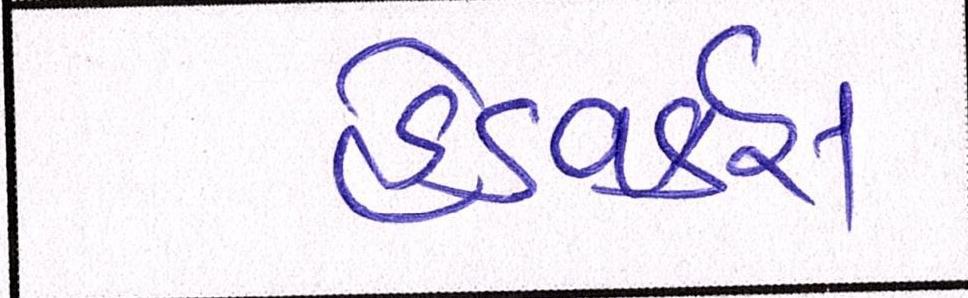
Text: હેડવર્કસ